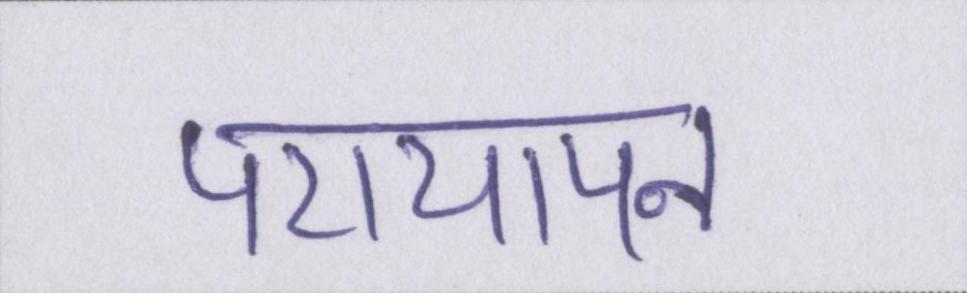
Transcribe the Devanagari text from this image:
परायापन